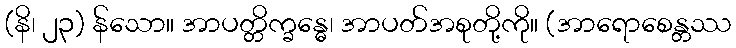
(နိ၊ ၂၃) န်သော။ အာပတ္တိက္ခန္ဓေ၊ အာပတ်အစုတို့ကို။ (အာရောစေန္တဿ